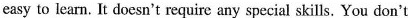
easy to learn. It doesn't require any special skills. You don't